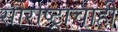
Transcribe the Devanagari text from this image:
सौराष्ट्राचाही